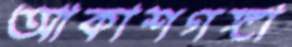
আকাশগঙ্গা